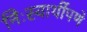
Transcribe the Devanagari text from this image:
निःस्वार्थीपणे